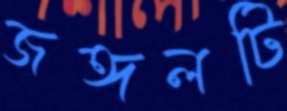
জঙ্গলটি